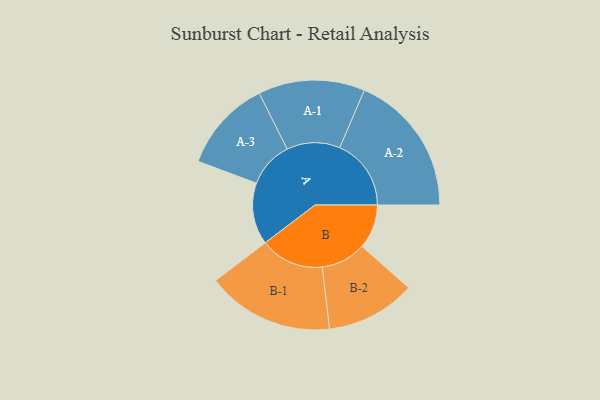
{"axis": {"x": "Segment", "y": "Value"}, "legend": ["", "A", "B"], "data": [{"x": "A", "y": 255, "type": ""}, {"x": "B", "y": 183, "type": ""}, {"x": "A-1", "y": 220, "type": "A"}, {"x": "A-2", "y": 295, "type": "A"}, {"x": "A-3", "y": 190, "type": "A"}, {"x": "B-1", "y": 263, "type": "B"}, {"x": "B-2", "y": 185, "type": "B"}]}